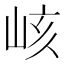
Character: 峐